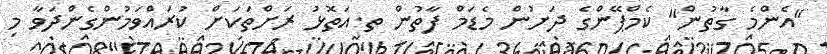
"އެންމެ ގާތުން" ކެމްޕޭންގެ ދަށުން މެޑަމް ފާތުން ތ.އަތޮޅު ރަށްތަކަށް ކުރައްވަމުންގެންދަވާ މި